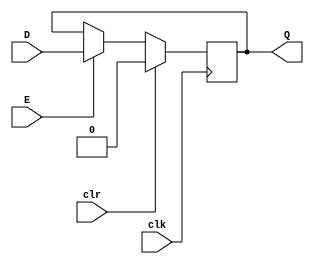
/*
	positive edge triggered DFFE
	has a clr input, which is used to reset DFFE to 0 at positive edge
	
	all states are initialized as 0 here
*/
module mydff(input clk,
				input D,
				input E,
				input clr,
				output Q); 

	reg state;
	assign Q = state;	
	
	initial
	begin
		state = 1'b0;
	end
				
	always @ (posedge clk) begin
		if (clr) begin
			state = 1'b0;
		end
		else if (E) begin
			state = D;
		end
	end
				
endmodule